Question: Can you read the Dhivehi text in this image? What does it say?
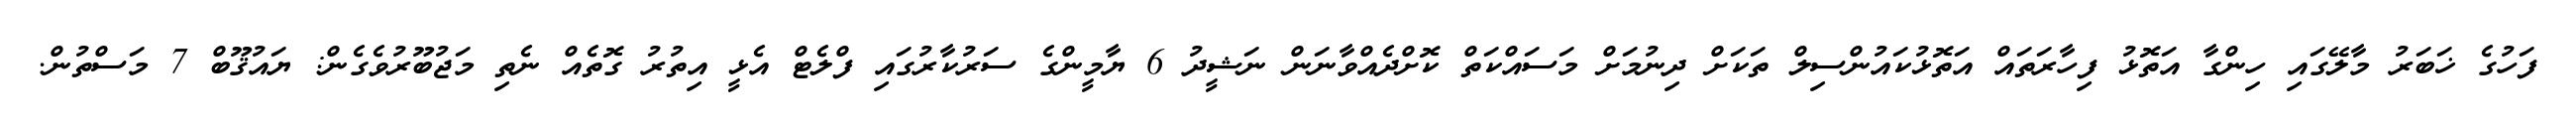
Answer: ފަހުގެ ޚަބަރު މާލޭގައި ހިންގާ އަތޮޅު ފިހާރަތައް އަތޮޅުކައުންސިލް ތަކަށް ދިނުމަށް މަސައްކަތް ކޮށްދެއްވާނަން ނަޝީދު 6 ޔާމީންގެ ސަރުކާރުގައި ފްލެޓް އެޅީ އިތުރު ގޮތެއް ނެތި މަޖުބޫރުވެގެން: ޔައުޤޫބް 7 މަސްތުން.